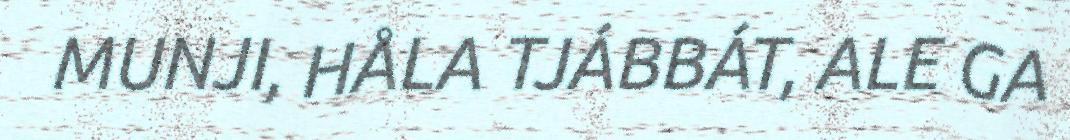
MUNJI, HÅLA TJÁBBÁT, ALE GA